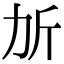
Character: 𣂒